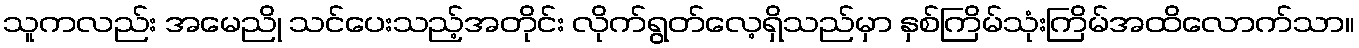
သူကလည်း အမေညို သင်ပေးသည့်အတိုင်း လိုက်ရွတ်လေ့ရှိသည်မှာ နှစ်ကြိမ်သုံးကြိမ်အထိလောက်သာ။